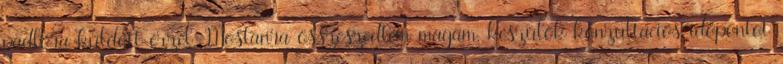
padlóra küldött ezzel. Mostanra összeszedtem magam, készülök konzultációs időpontot